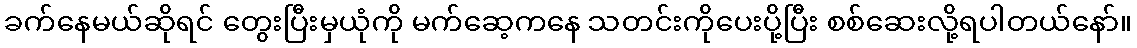
ခက်နေမယ်ဆိုရင် တွေးပြီးမှယုံကို မက်ဆေ့ကနေ သတင်းကိုပေးပို့ပြီး စစ်ဆေးလို့ရပါတယ်နော်။